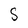
Character: S